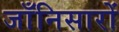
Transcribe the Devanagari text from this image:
जाँनिसारों